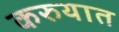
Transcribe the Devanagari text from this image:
करुयात